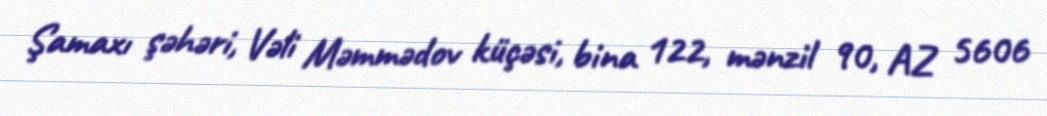
Şamaxı şəhəri, Vəli Məmmədov küçəsi, bina 122, mənzil 90, AZ 5606